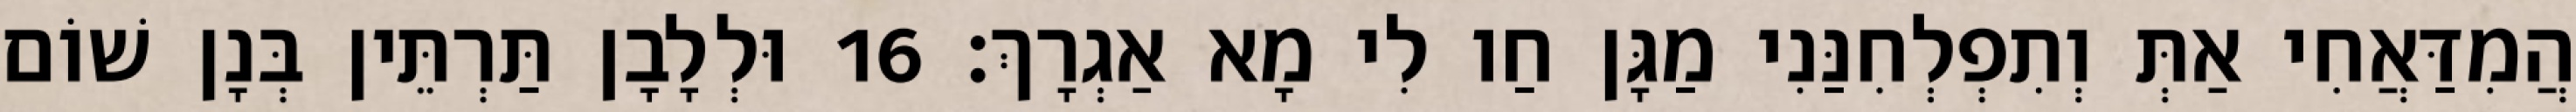
הֲמִדַּאֲחִי אַתְּ וְתִפְלְחִנַּנִי מַגָּן חַו לִי מָא אַגְרָךְ׃ 16 וּלְלָבָן תַּרְתֵּין בְּנָן שׁוֹם